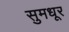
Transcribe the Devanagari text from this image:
सुमधूर